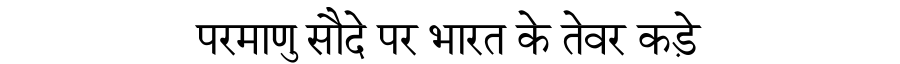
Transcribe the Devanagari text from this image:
परमाणु सौदे पर भारत के तेवर कड़े